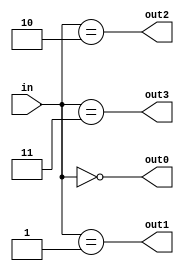
/*
module decoder2_4 (in, out0, out1, out2, out3);
    input [1:0] in;
    output reg out0, out1, out2, out3;

    always @(in) begin
        out0 = (in == 2'b00);
        out1 = (in == 2'b01);
        out2 = (in == 2'b10);
        out3 = (in == 2'b11);
    end
endmodule
*/

module decoder2_4 (in, out0, out1, out2, out3);
    input [1:0] in;
    output out0, out1, out2, out3;

    assign out0 = (in == 2'b00);
    assign out1 = (in == 2'b01);
    assign out2 = (in == 2'b10);
    assign out3 = (in == 2'b11);
endmodule